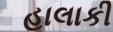
હાલાકી